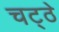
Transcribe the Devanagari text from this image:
चट्ठे